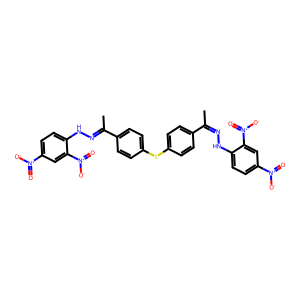
SMILES: CC(=NNc1ccc([N+](=O)[O-])cc1[N+](=O)[O-])c1ccc(Sc2ccc(C(C)=NNc3ccc([N+](=O)[O-])cc3[N+](=O)[O-])cc2)cc1
Inhibits HIV replication: No